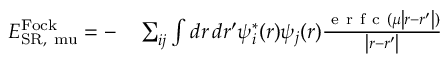
\begin{array} { r l } { E _ { \mathrm { { S R } , \ m u } } ^ { \mathrm { F o c k } } = - } & { { } \sum _ { i j } \int d \boldsymbol { r } \, d \boldsymbol { r ^ { \prime } } \psi _ { i } ^ { * } ( \boldsymbol { r } ) \psi _ { j } ( \boldsymbol { r } ) \frac { \mathrm { ~ e ~ r ~ f ~ c ~ } ( \mu \left| \boldsymbol { r } - \boldsymbol { r ^ { \prime } } \right| ) } { \left| \boldsymbol { r } - \boldsymbol { r ^ { \prime } } \right| } } \end{array}